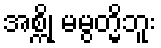
အစ္ကို မမွတ္မိဘူး